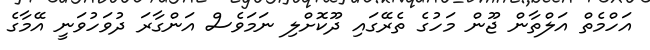
އަހްމެތް އަލްތާން ޖޫން މަހުގެ ތެރޭގައި ދޫކޮށްލި ނަމަވެސް އަންގާރަ ދުވަހުވަނީ އޭމާގެ